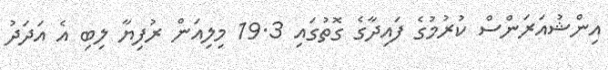
އިންޝުއަރަންސް ކުރުމުގެ ފައިދާގެ ގޮތުގައި 19.3 މިލިއަން ރުފިޔާ ލިބި އެ އަދަދު